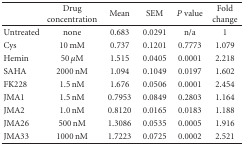
<table><thead><tr><td></td><td><b>Drug concentration</b></td><td><b>Mean</b></td><td><b>SEM</b></td><td><b><i>P</i> value</b></td><td><b>Fold change</b></td></tr></thead><tbody><tr><td>Untreated</td><td>none</td><td>0.683</td><td>0.0291</td><td>n/a</td><td>1</td></tr><tr><td>Cys</td><td>10 mM</td><td>0.737</td><td>0.1201</td><td>0.7773</td><td>1.079</td></tr><tr><td>Hemin</td><td>50 <i>μ</i>M</td><td>1.515</td><td>0.0405</td><td>0.0001</td><td>2.218</td></tr><tr><td>SAHA</td><td>2000 nM</td><td>1.094</td><td>0.1049</td><td>0.0197</td><td>1.602</td></tr><tr><td>FK228</td><td>1.5 nM</td><td>1.676</td><td>0.0506</td><td>0.0001</td><td>2.454</td></tr><tr><td>JMA1</td><td>1.5 nM</td><td>0.7953</td><td>0.0849</td><td>0.2803</td><td>1.164</td></tr><tr><td>JMA2</td><td>1.0 nM</td><td>0.8120</td><td>0.0165</td><td>0.0183</td><td>1.188</td></tr><tr><td>JMA26</td><td>500 nM</td><td>1.3086</td><td>0.0535</td><td>0.0005</td><td>1.916</td></tr><tr><td>JMA33</td><td>1000 nM</td><td>1.7223</td><td>0.0725</td><td>0.0002</td><td>2.521</td></tr></tbody></table>